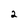
Character: 2